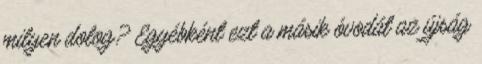
milyen dolog? Egyébként ezt a másik óvodát az újság